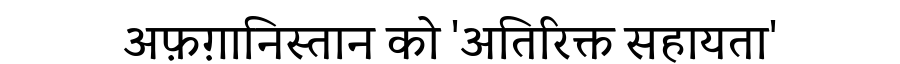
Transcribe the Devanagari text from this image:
अफ़ग़ानिस्तान को 'अतिरिक्त सहायता'